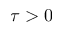
\tau > 0